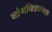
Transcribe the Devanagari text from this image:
व्यंगचित्रात्मक